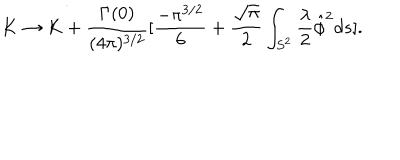
K \rightarrow K + \frac { \Gamma ( 0 ) } { ( 4 \pi ) ^ { 3 / 2 } } [ \frac { - \pi ^ { 3 / 2 } } { 6 } + \frac { \sqrt { \pi } } { 2 } \int _ { S ^ { 2 } } \frac { \lambda } { 2 } \hat { \phi } ^ { 2 } d s ] .